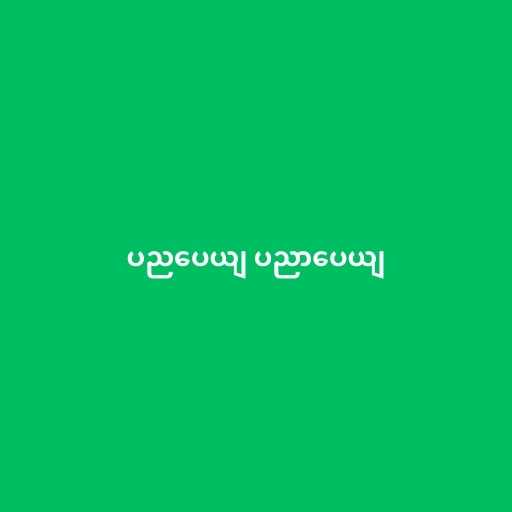
ပညပေယျ ပညာပေယျ